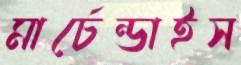
মার্চেন্ডাইস